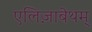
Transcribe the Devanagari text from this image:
एलिज़ाबेथम्